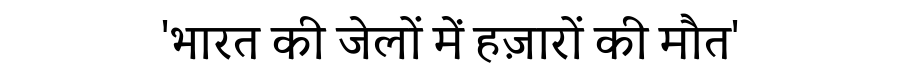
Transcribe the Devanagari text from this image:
'भारत की जेलों में हज़ारों की मौत'